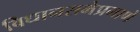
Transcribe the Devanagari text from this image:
विधानसभेप्रमाणे